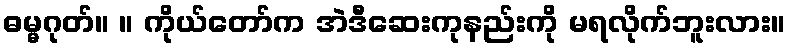
ဓမ္မဂုတ်။ ။ ကိုယ်တော်က အဲဒီဆေးကုနည်းကို မရလိုက်ဘူးလား။